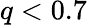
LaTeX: q<0.7